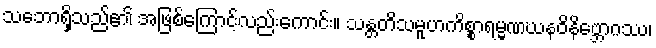
သဘောရှိသည်၏ အဖြစ်ကြောင့်လည်းကောင်း။ သန္တတိသမူဟကိစ္စာရမ္မဏဃနဝိနိဗ္ဘောဂဿ၊